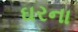
ઘરના